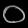
Digit: ၀